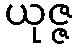
ယုဇ္ဇ